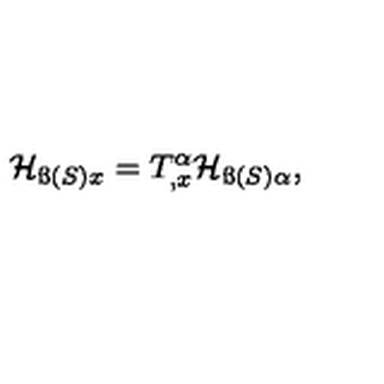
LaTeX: { \cal H } _ { { \ss ( S ) } x } = T _ { , x } ^ { \alpha } { \cal H } _ { { \ss ( S ) } \alpha } ,